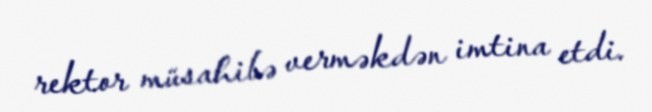
rektor müsahibə verməkdən imtina etdi.